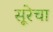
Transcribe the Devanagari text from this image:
सूरेचा